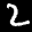
Label: 2